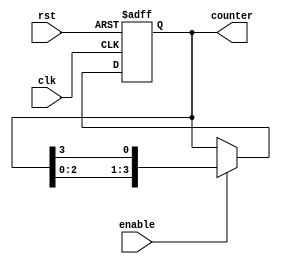
module johnson_counter_with_enable (
    input wire clk,
    input wire rst,
    input wire enable,
    output reg [3:0] counter
);

reg [3:0] next_counter;

always @(posedge clk or posedge rst) begin
    if(rst) begin
        counter <= 4'b0000;
    end else if(enable) begin
        counter <= next_counter;
    end
end

always @* begin
    next_counter[0] = counter[3];
    next_counter[1] = counter[0];
    next_counter[2] = counter[1];
    next_counter[3] = counter[2];
end

endmodule